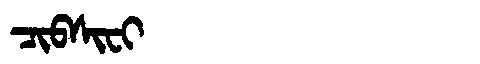
Manchu: ᠴᡳᠪᠰᡳᠸᡳ
Romanization: CIBSIFI